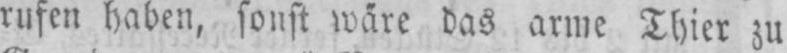
wäre das arme Thier zu